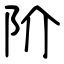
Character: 阶